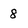
Character: 8